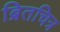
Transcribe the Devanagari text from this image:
ब्रितचित्र